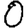
Digit: 0